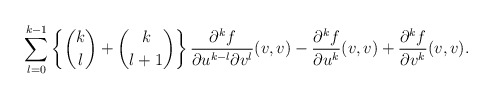
\begin{align*} \sum_{l=0}^{k-1}\left\{\binom{k}{l}+\binom{k}{l+1}\right\}\frac{\partial^kf}{\partial u^{k-l}\partial v^l}(v,v)-\frac{\partial^kf}{\partial u^k}(v,v)+\frac{\partial^kf}{\partial v^k}(v,v).\end{align*}